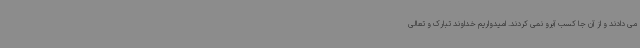
می دادند و از آن جا کسب آبرو نمی کردند. امیدواریم خداوند تبارک و تعالی